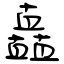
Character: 矗